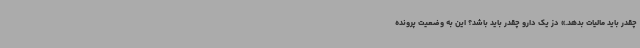
چقدر باید مالیات بدهد.» دز یک دارو چقدر باید باشد؟ این به وضعیت پرونده